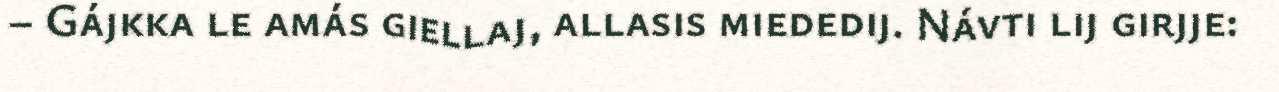
– Gájkka le amás giellaj, allasis miededij. Návti lij girjje: